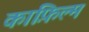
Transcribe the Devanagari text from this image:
काफ़िल्म